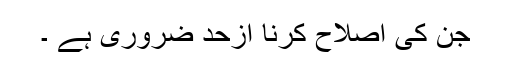
جن کی اصلاح کرنا ازحد ضروری ہے ۔